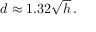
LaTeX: d \approx 1 . 3 2 { \sqrt { h } } \, .